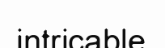
intricable